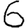
Digit: 6